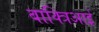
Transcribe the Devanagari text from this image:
बाक्त्रिआई